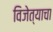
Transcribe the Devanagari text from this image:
विजेत्याचा